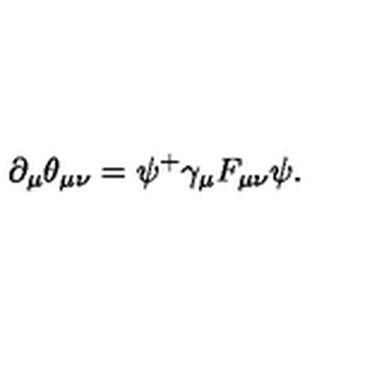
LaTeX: \partial _ { \mu } \theta _ { \mu \nu } = \psi ^ { + } \gamma _ { \mu } F _ { \mu \nu } \psi .